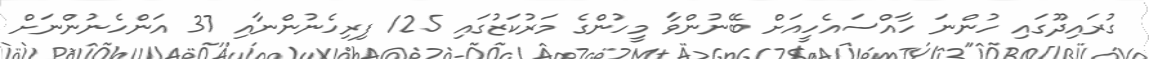
ގުރައިދޫގައި ހުންނަ ހާއްސައެހީއަށް ބޭނުންވާ މީހުންގެ މަރުކަޒުގައި 125 ފިރިހެނުންނާއި 37 އަންހެނުންނަށް